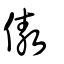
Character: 傲